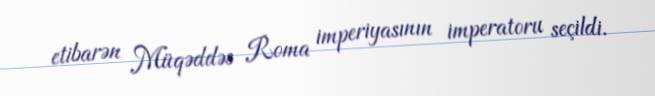
etibarən Müqəddəs Roma imperiyasının imperatoru seçildi.